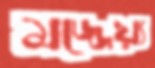
মজ্জেয়্য